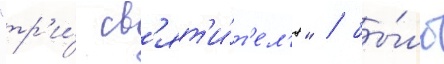
"тр'и́ св'ят'и́т'ел'я" / бы́ло